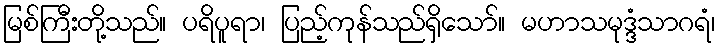
မြစ်ကြီးတို့သည်။ ပရိပူရာ၊ ပြည့်ကုန်သည်ရှိသော်။ မဟာသမုဒ္ဒံသာဂရံ၊